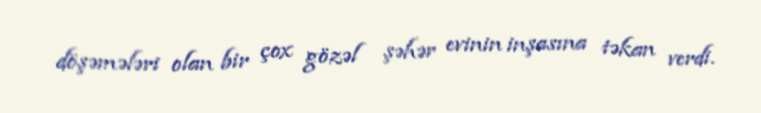
döşəmələri olan bir çox gözəl şəhər evinin inşasına təkan verdi.